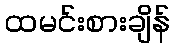
ထမင်းစားချိန်